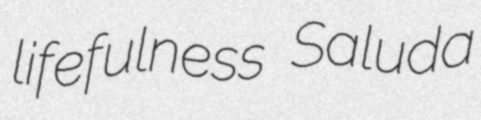
lifefulness Saluda